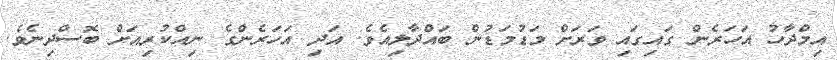
އިމްދާހު އަހަރެން ގައިގައި ވަރަށް މަޑުމަޑުން ބައްދާލިއެވެ. އަދި އަހަރެންގެ ނިއްކުރިއަށް ބޮސްދިނެވެ.